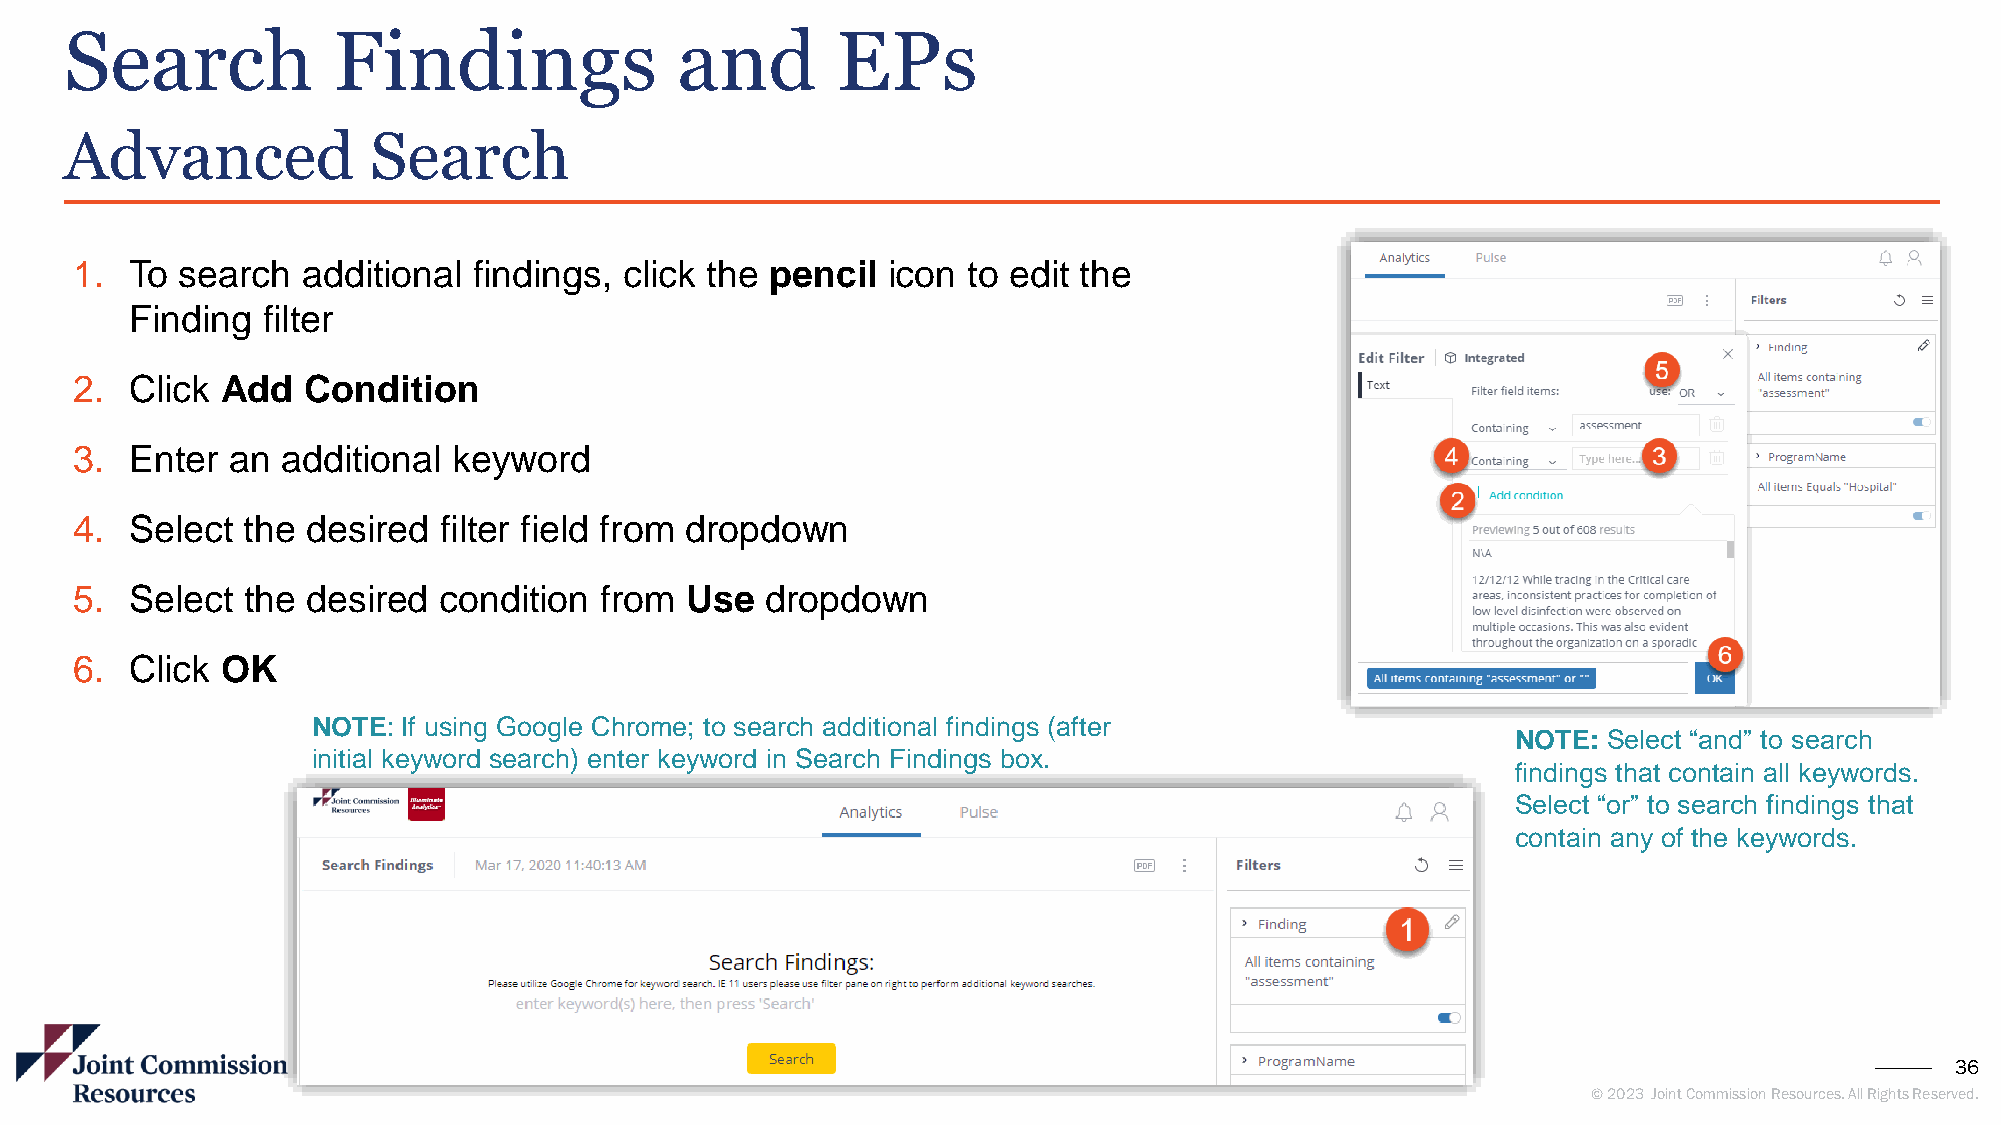
Search            Findings               and       EPs
 Advanced            Search
 1.  To search  additional findings, click the pencil  icon to edit the
 Finding filter
 2.  Click Add  Condition
 3.  Enter an  additional keyword
 4.  Select the desired  filter field from dropdown
 5.  Select the desired  condition  from Use   dropdown
 6.  Click OK
 NOTE: If using Google Chrome; to search additional findings (after
 NOTE: Select “and” to search
 initial keyword search) enter keyword in Search Findings box.
 findings that contain all keywords.
 Select “or” to search findings that
 contain any of the keywords.
 36
 © 2023 Joint Commission Resources. All Rights Reserved.